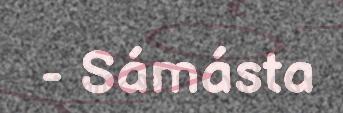
- Sámásta